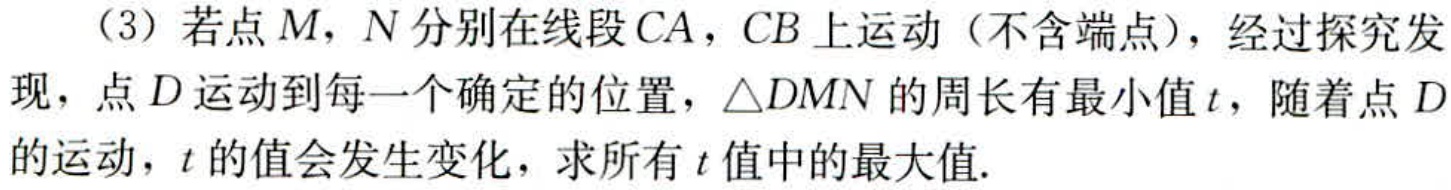
（3）若点\(M,N\)分别在线段\(CA,CB\)上运动（不含端点），经过探究发现，点\(D\)运动到每一个确定的位置，\(\triangle DMN\)的周长有最小值\(t\)，随着点\(D\)的运动，\(t\)的值会发生变化，求所有\(t\)值中的最大值.